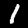
Label: 1